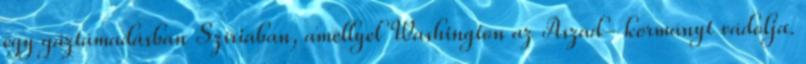
egy gáztámadásban Szíriában, amellyel Washington az Aszad- kormányt vádolja.